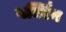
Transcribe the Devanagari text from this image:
बर्क्विन